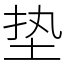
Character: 垫